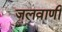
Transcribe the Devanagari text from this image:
जलवाणी